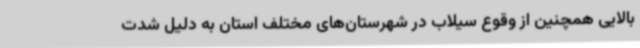
بالایی همچنین از وقوع سیلاب در شهرستان‌های مختلف استان به دلیل شدت